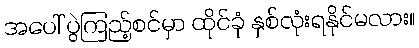
အပေါ် ပွဲကြည့်စင်မှာ ထိုင်ခုံ နှစ်လုံးရနိုင်မလား။